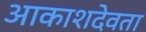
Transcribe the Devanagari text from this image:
आकाशदेवता